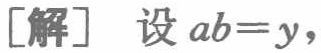
[解] 设 \(ab = y\)，